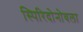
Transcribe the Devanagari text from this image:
स्पिरिदोनोवला